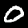
Label: 0